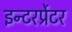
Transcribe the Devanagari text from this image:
इन्टरर्प्रेटर